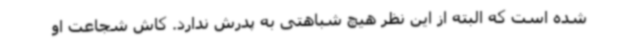
شده است که البته از این نظر هیچ شباهتی به پدرش ندارد. کاش شجاعت او